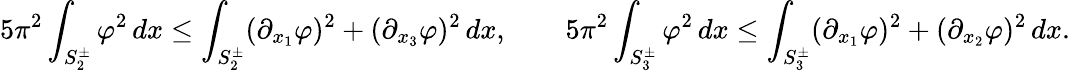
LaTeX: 5\pi^{2}\int_{S_{2}^{\pm}}\varphi^{2}\, dx\le\int_{S_{2}^{\pm}}(\partial_{x_{1}}\varphi)^{2}+(\partial_{x_{3}}\varphi)^{2}\, dx,\qquad 5\pi^{2}\int_{S_{3}^{\pm}}\varphi^{2}\, dx\le\int_{S_{3}^{\pm}}(\partial_{x_{1}}\varphi)^{2}+(\partial_{x_{2}}\varphi)^{2}\, dx.